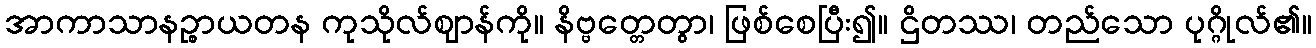
အာကာသာနဉ္စာယတန ကုသိုလ်ဈာန်ကို။ နိဗ္ဗတ္တေတွာ၊ ဖြစ်စေပြီး၍။ ဌိတဿ၊ တည်သော ပုဂ္ဂိုလ်၏။